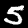
Label: 5